Annual report on the health of the army in India
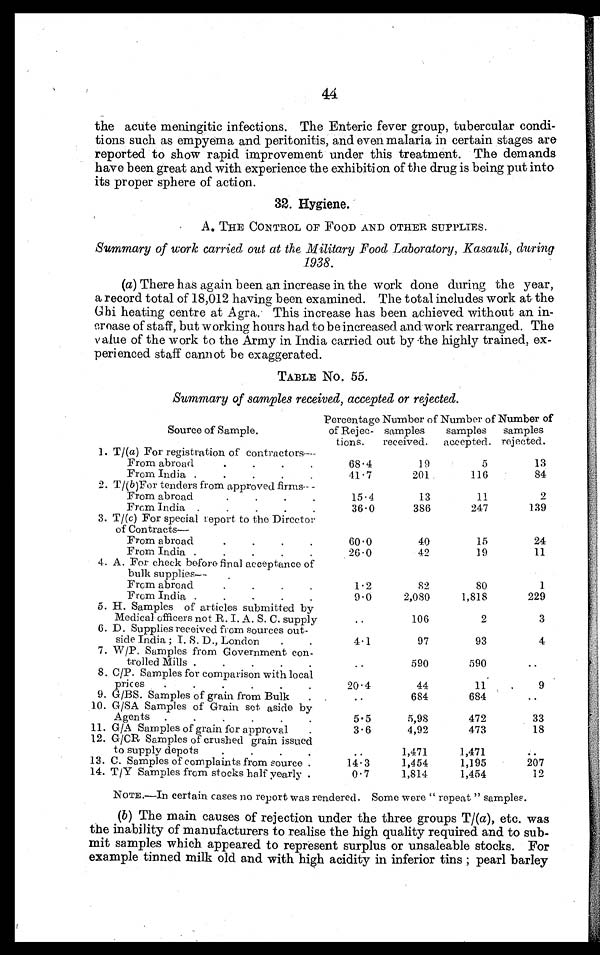
44
the acute meningitis infections. The Enteric fever group, tubercular condi--
tions such as empyema and peritonitis, and even malaria in certain stages are
reported to show rapid improvement under this treatment. The demands
have been great and with experience the exhibition of the drug is being put into
its proper sphere of action.
32. Hygiene.
A. THE CONTROL OF FOOD AND OTHER SUPPLIES.
Summary of work carried out at the Military Food Laboratory, Kasauli, during
1938.
(a) There has again been an increase in the work done during the year,
a record total of 18,012 having been examined. The total includes work at the
Ghi heating centre at Agra. This increase has been achieved without an in
- c r e a s e o f s t a f f , b u t w o r k i n g h o u r s h a d t o b e i n c r e a s e d a n d w o r kr
e a r r a n g e d . T h e
value of the work to the Army in India carried out by the highly trained, ex
- p e r i e n c e d s t a f f c a n n o t b e e x a g g e r a t e d .
TABLE No. 55.
Summary of samples received, accepted or rejected.
Source of Sample.
Percentage
of Rejec-
tions.
Number of
samples
received.
Number of
samples
accepted.
Number of
samples
rejected.
1. T/( a ) For registration of contractors--
From abroad
.
.
.
.
68.4
19
5
13
From India .
.
.
.
.
41 .7
201
116
84
2. T/( b )For tenders from approved firms-- -
From abroad
.
.
.
15 . 4
13
11
2
From India .
.
.
.
.
36.0
386
247
139
3. T/( c ) For special report to the Director
of Contracts —
From abroad.
.
.
60 . 0
40
15
24
From India .
.
.
.
.
26.0
42
19
11
4. A. For check before final acceptance of
bulk supplies-
From abroad.
.
.
.
1.2
82
80
1
From India .
.
-
-
-
9.0
2,080
1,818
229
5. H. Samples of articles submitted by
Medical officers not R.I.A.S.C. supply
..
1 0 6
2
3
6. D. Supplies received from sources out-
side India ; I.S.D., London
.
.
4.1
97
93
4
7. W/P. Samples from Government con-
trolled Mills .
.
.
.
..
590
590
..
8. C/P. Samples for comparison with local
prices
.
.
.
.
.
.
20.4
44
11
9
9. G/BS. Samples of grain from Bulk
. .
684
684
. .
10.G/SA Samples of Grain sot aside by
Agents
.
.
,
.
.
.
5.5
5,98
472
33
11. G/A Samples of grain for approval
.
3.6
4,92
473
18
12. G/CR Samples of crushed grain issued
to supply depots
.
.
.
. .
1,471
1,471
..
13. C. Samples of complaints from source .
14.3
1,454
1,195
207
14. T/Y Samples from stocks half yearly .
0.7
1,814
1,454
12
NOTE.-In certain cases no report was rendered. Some were " repeat " samples.
(b) The main causes of rejection under the three groups T/(a), etc. was
the inability of manufacturers to realise the high quality required and to sub-
mit samples which appeared to represent surplus or unsaleable stocks. For
example tinned milk old and with high acidity in inferior tins ; pearl barley